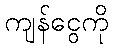
ကျန်ငွေကို